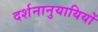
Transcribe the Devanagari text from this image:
दर्शनानुयायियों